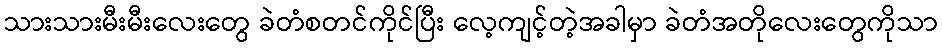
သားသားမီးမီးလေးတွေ ခဲတံစတင်ကိုင်ပြီး လေ့ကျင့်တဲ့အခါမှာ ခဲတံအတိုလေးတွေကိုသာ